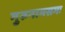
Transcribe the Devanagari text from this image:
गुरुनामसमः